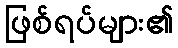
ဖြစ်ရပ်များ၏